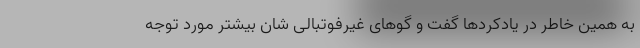
به همین خاطر در یادکردها گفت و گوهای غیر‌فوتبالی شان بیشتر مورد توجه